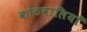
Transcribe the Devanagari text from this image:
कोठेवालियाँ